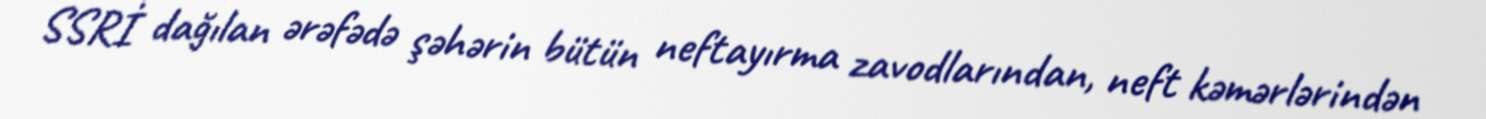
SSRİ dağılan ərəfədə şəhərin bütün neftayırma zavodlarından, neft kəmərlərindən